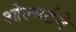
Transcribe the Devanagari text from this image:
ओल्मर्टने